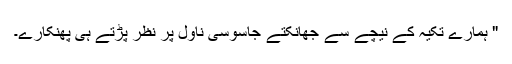
" ہمارے تکیہ کے نیچے سے جھانکتے جاسوسی ناول پر نظر پڑتے ہی پھنکارے۔